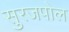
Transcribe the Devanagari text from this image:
सुरजपोल